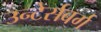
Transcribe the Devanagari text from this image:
उन्टेर्सबर्ग